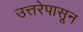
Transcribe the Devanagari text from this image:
उत्तरेपासून